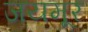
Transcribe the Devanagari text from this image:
जयमूर